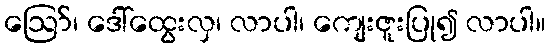
ဪ၊ ဒေါ်ထွေးလှ၊ လာပါ၊ ကျေးဇူးပြု၍ လာပါ။